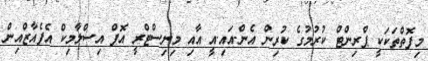
މިފޮތްތަކަކީ ޕްރިންޓް ކުރުމުގެ ކުރިން އެން.އައި.އީ އާއި މިނިސްޓްރީ އޮފް އިސްލާމިކް އެފެއާޒްއިން